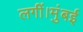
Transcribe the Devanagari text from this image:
लगीं।मुंबई